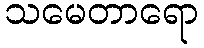
သမေတာရော